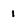
Character: i